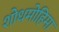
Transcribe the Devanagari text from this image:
शोधमोहिमा